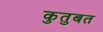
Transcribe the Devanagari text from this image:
कुतुबत